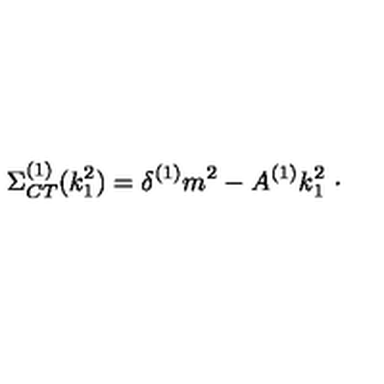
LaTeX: \Sigma _ { C T } ^ { ( 1 ) } ( k _ { 1 } ^ { 2 } ) = \delta ^ { ( 1 ) } m ^ { 2 } - A ^ { ( 1 ) } k _ { 1 } ^ { 2 } \ \cdot